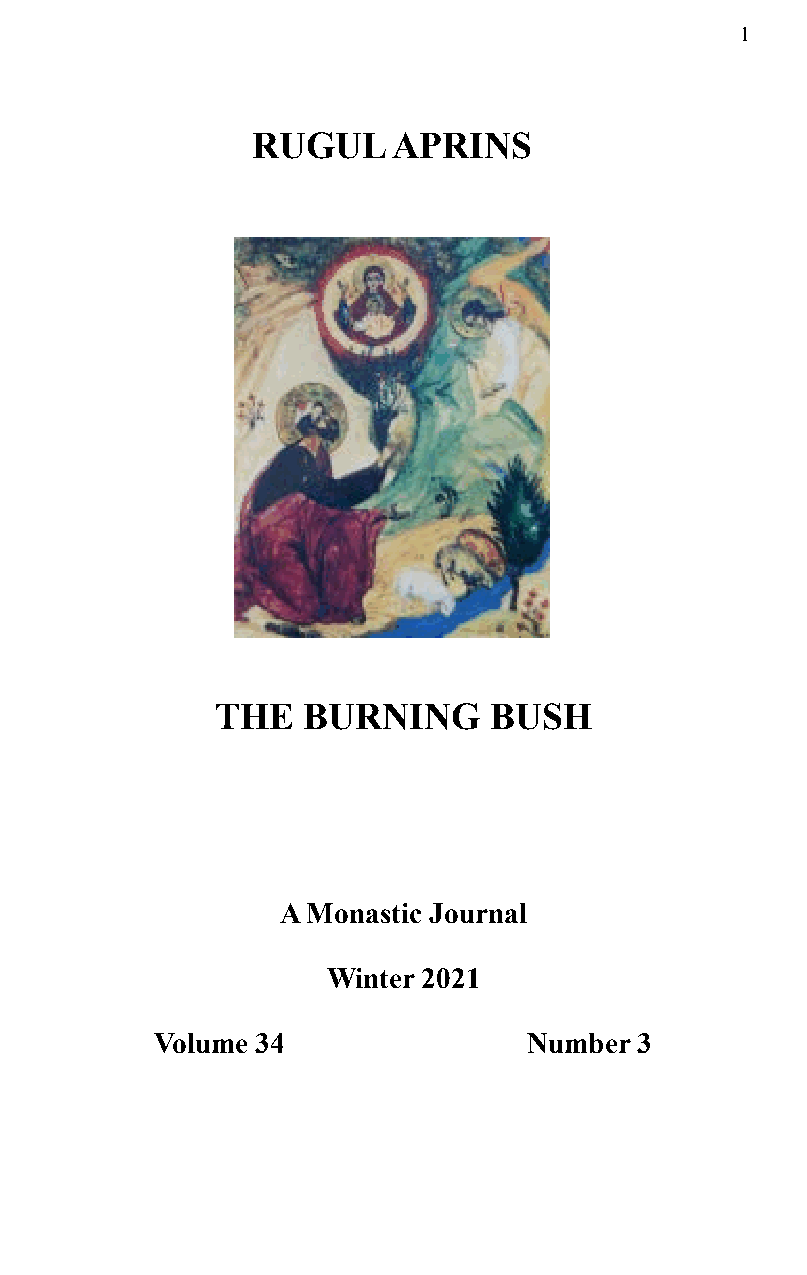
1
 RUGUL    APRINS
 THE   BURNING     BUSH
 A Monastic Journal
 Winter 2021
 Volume 34                Number 3